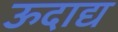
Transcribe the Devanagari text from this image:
ऊदाद्य